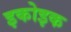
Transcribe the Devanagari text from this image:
इकोइक